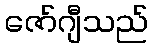
ဇော်ဂျီသည်